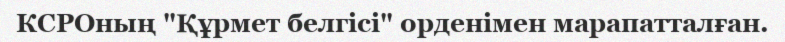
КСРОның "Құрмет белгісі" орденімен марапатталған.